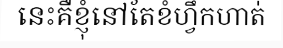
នេះគឺខ្ញុំនៅតែខំហ្វឹកហាត់